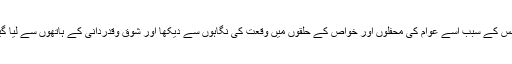
جس کے سبب اسے عوام کی محفلوں اور خواص کے حلقوں میں وقعت کی نگاہوں سے دیکھا اور شوق وقدردانی کے ہاتھوں سے لیا گیا۔